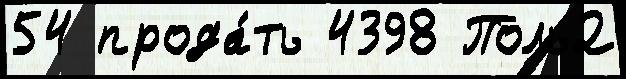
54 прода́ть 4398 Поль2